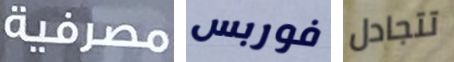
مصرفية فوربس تتجادل